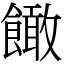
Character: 䭛